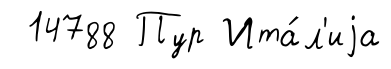
14788 Пур Ита́л'иjа